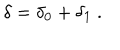
\delta = \delta _ { 0 } + \delta _ { 1 } \ .